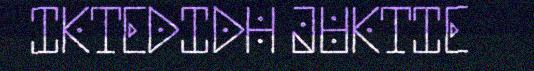
IKTEDIDH JUKTIE